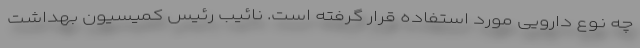
چه نوع دارویی مورد استفاده قرار گرفته است. نائیب رئیس کمیسیون بهداشت